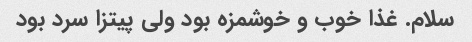
سلام. غذا خوب و خوشمزه بود ولی پیتزا سرد بود